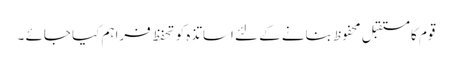
قوم کا مستقبل محفوظ بنانے کے لئے اساتذہ کو تحفظ فراہم کیا جائے ۔